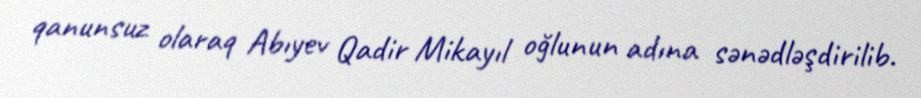
qanunsuz olaraq Abıyev Qadir Mikayıl oğlunun adına sənədləşdirilib.